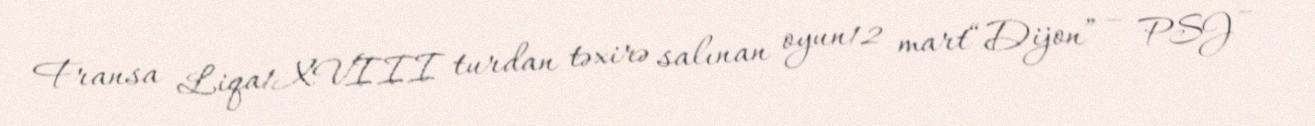
Fransa Liqa1XVIII turdan təxirə salınan oyun12 mart“Dijon” – PSJ –